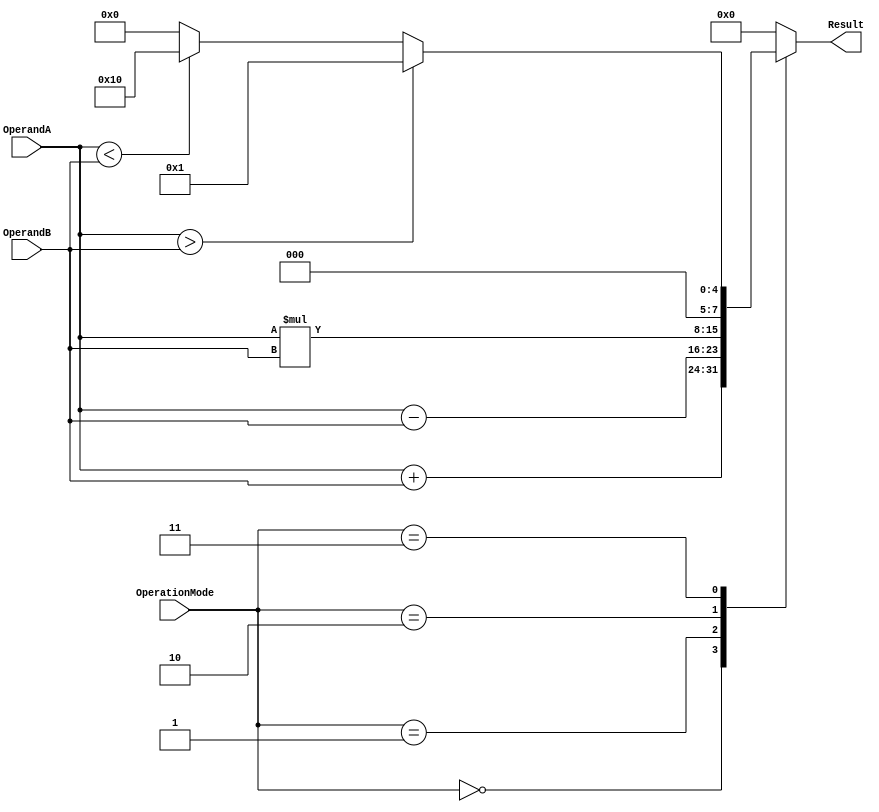
module ALU (
    input [7:0] OperandA,
    input [7:0] OperandB,
    input [2:0] OperationMode,
    output reg [7:0] Result
);

reg [7:0] AdderOut, SubtractorOut, MultiplierOut, ComparatorOut;

always @(*)
begin
    case(OperationMode)
        3'b000: // addition mode
            begin
                AdderOut = OperandA + OperandB;
                Result = AdderOut;
            end
        3'b001: // subtraction mode
            begin
                SubtractorOut = OperandA - OperandB;
                Result = SubtractorOut;
            end
        3'b010: // multiplication mode
            begin
                MultiplierOut = OperandA * OperandB;
                Result = MultiplierOut;
            end
        3'b011: // comparison mode
            begin
                if(OperandA > OperandB)
                    ComparatorOut = 8'h01; // OperandA is greater
                else if(OperandA < OperandB)
                    ComparatorOut = 8'h10; // OperandB is greater
                else
                    ComparatorOut = 8'h00; // Operands are equal
                Result = ComparatorOut;
            end
        default: Result = 8'h00; // default mode is comparison
    endcase
end

endmodule